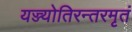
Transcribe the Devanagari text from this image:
यज्ज्योतिरन्तरमृतं